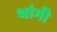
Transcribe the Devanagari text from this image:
थांगी